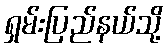
ရှမ်းပြည်နယ်သို့